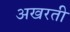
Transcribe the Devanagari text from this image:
अखरती